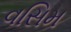
વસિમ